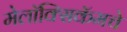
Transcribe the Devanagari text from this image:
मेलॉक्सिकॅमचे